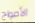
الأمواج